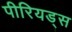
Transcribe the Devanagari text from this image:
पीरियड्स